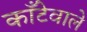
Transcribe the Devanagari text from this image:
काँटेवाले